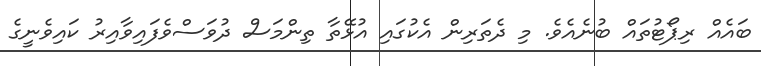
ބައެއް ރިޕޯޓުތައް ބުނެއެވެ. މި ދެތަރިން އެކުގައި އުޅޭތާ ތިންމަސް ދުވަސްވެފައިވާއިރު ކައިވެނީގެ